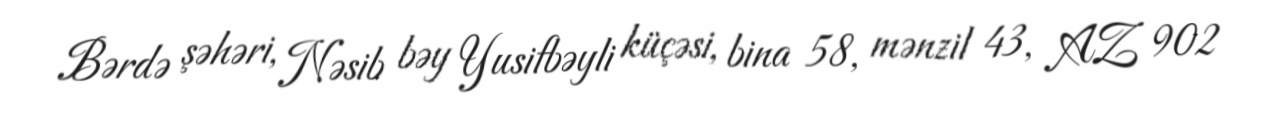
Bərdə şəhəri, Nəsib bəy Yusifbəyli küçəsi, bina 58, mənzil 43, AZ 902